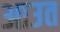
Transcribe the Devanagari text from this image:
आउत